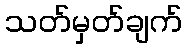
သတ်မှတ်ချက်